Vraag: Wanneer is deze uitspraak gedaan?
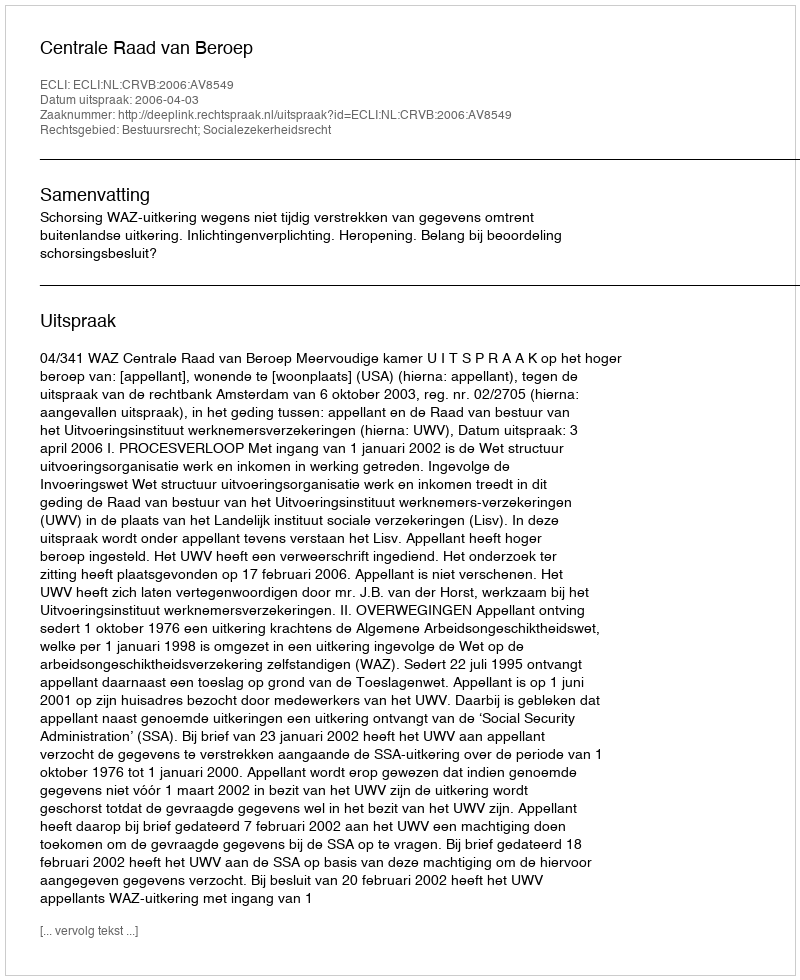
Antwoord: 2006-04-03